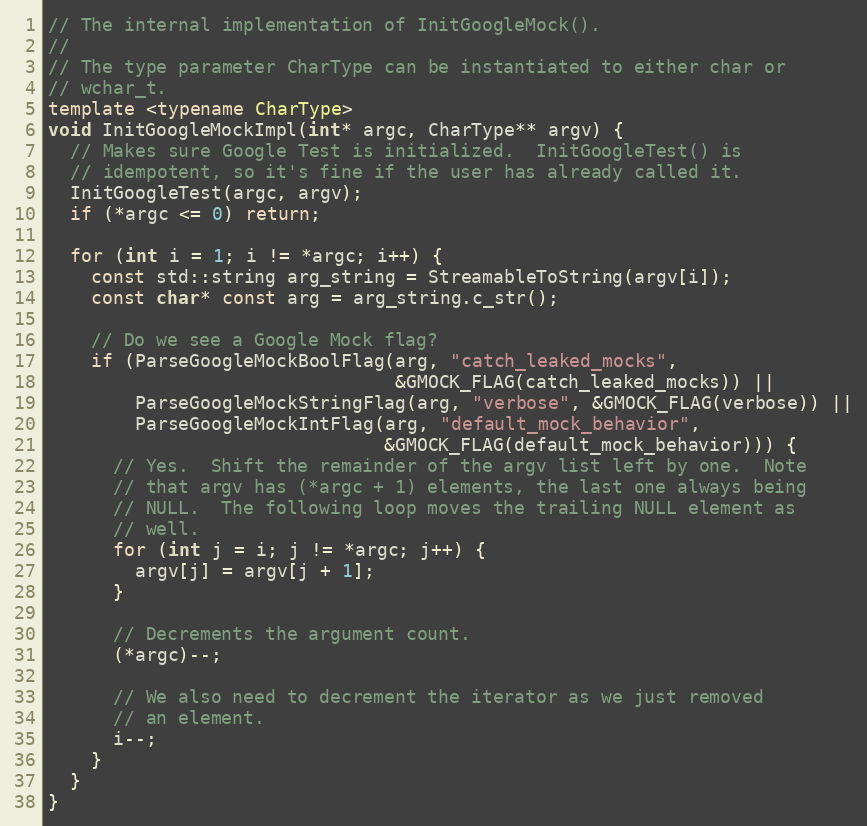
Language: C++
// The internal implementation of InitGoogleMock().
//
// The type parameter CharType can be instantiated to either char or
// wchar_t.
template <typename CharType>
void InitGoogleMockImpl(int* argc, CharType** argv) {
  // Makes sure Google Test is initialized.  InitGoogleTest() is
  // idempotent, so it's fine if the user has already called it.
  InitGoogleTest(argc, argv);
  if (*argc <= 0) return;

  for (int i = 1; i != *argc; i++) {
    const std::string arg_string = StreamableToString(argv[i]);
    const char* const arg = arg_string.c_str();

    // Do we see a Google Mock flag?
    if (ParseGoogleMockBoolFlag(arg, "catch_leaked_mocks",
                                &GMOCK_FLAG(catch_leaked_mocks)) ||
        ParseGoogleMockStringFlag(arg, "verbose", &GMOCK_FLAG(verbose)) ||
        ParseGoogleMockIntFlag(arg, "default_mock_behavior",
                               &GMOCK_FLAG(default_mock_behavior))) {
      // Yes.  Shift the remainder of the argv list left by one.  Note
      // that argv has (*argc + 1) elements, the last one always being
      // NULL.  The following loop moves the trailing NULL element as
      // well.
      for (int j = i; j != *argc; j++) {
        argv[j] = argv[j + 1];
      }

      // Decrements the argument count.
      (*argc)--;

      // We also need to decrement the iterator as we just removed
      // an element.
      i--;
    }
  }
}